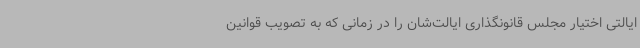
ایالتی اختیار مجلس قانونگذاری ایالت‌شان را در زمانی که به تصویب قوانین